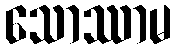
သောဿာမ